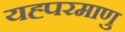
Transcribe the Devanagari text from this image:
यह्परमाणु